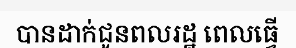
បានដាក់ជូនពលរដ្ឋ ពេលធ្វើ